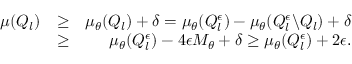
\begin{array} { r l r } { \mu ( Q _ { l } ) } & { \geq } & { \mu _ { \theta } ( Q _ { l } ) + \delta = \mu _ { \theta } ( Q _ { l } ^ { \epsilon } ) - \mu _ { \theta } ( Q _ { l } ^ { \epsilon } \backslash Q _ { l } ) + \delta } \\ & { \geq } & { \mu _ { \theta } ( Q _ { l } ^ { \epsilon } ) - 4 \epsilon M _ { \theta } + \delta \geq \mu _ { \theta } ( Q _ { l } ^ { \epsilon } ) + 2 \epsilon . } \end{array}